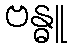
ဗန္ဓူ